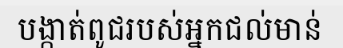
បង្កាត់ពូជរបស់អ្នកជល់មាន់